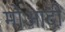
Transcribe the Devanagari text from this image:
मोआदी